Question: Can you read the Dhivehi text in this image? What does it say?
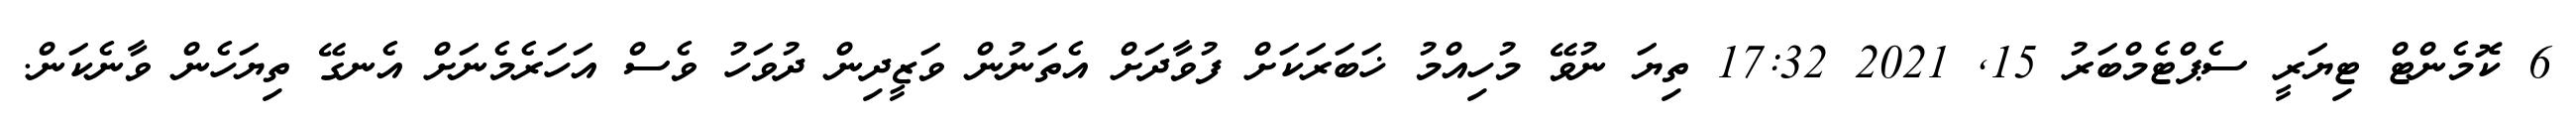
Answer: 6 ކޮމެންޓް ޓިޔަރީ ސެޕްޓެމްބަރު 15, 2021 17:32 ތިޔަ ނުވޭ މުހިއްމު ޚަބަރަކަށް ފުވާދަށް އެތަނުން ވަޒީދިން ދުވަހު ވެސް އަހަރެމެނަށް އެނގޭ ތިޔަހެން ވާނެކަން.